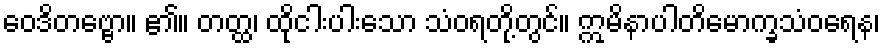
ဝေဒိတဗ္ဗော။ ၏။ တတ္ထ၊ ထိုငါးပါးသော သံဝရတို့တွင်။ ဣမိနာပါတိမောက္ခသံဝရေန၊